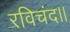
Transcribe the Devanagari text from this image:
रविचंद।।